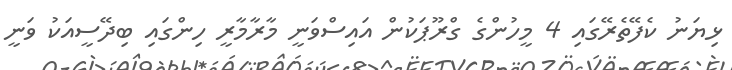
ޅިޔަނު ކެފޭތެރޭގައި 4 މީހުންގެ ގްރޫޕަކުން އައިސްވަނީ މާރާމާރީ ހިންގައި ބިދޭސީއަކު ވަނީ